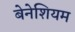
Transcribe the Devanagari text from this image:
बेनेशियम